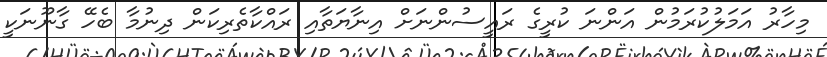
މިހާރު އަމަލުކުރަމުން އަންނަ ކުރީގެ ރައީސުންނަށް އިނާޔަތާއި ރައްކާތެރިކަން ދިނުމާ ބެހޭ ގާނޫނަކީ